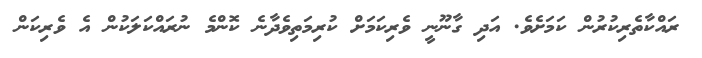
ރައްކާތެރިކުރުން ކަމަށެވެ. އަދި ގާނޫނީ ވެރިކަމަށް ކުރިމަތިވެދާނެ ކޮންމެ ނުރައްކަލަކުން އެ ވެރިކަން